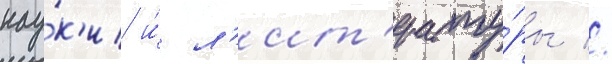
нау́к'и и́ л'ит'ерату́ры //